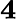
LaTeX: \mathbf{4}